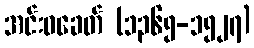
အင်းဝခေတ် (၁၃၆၅-၁၅၂၇)